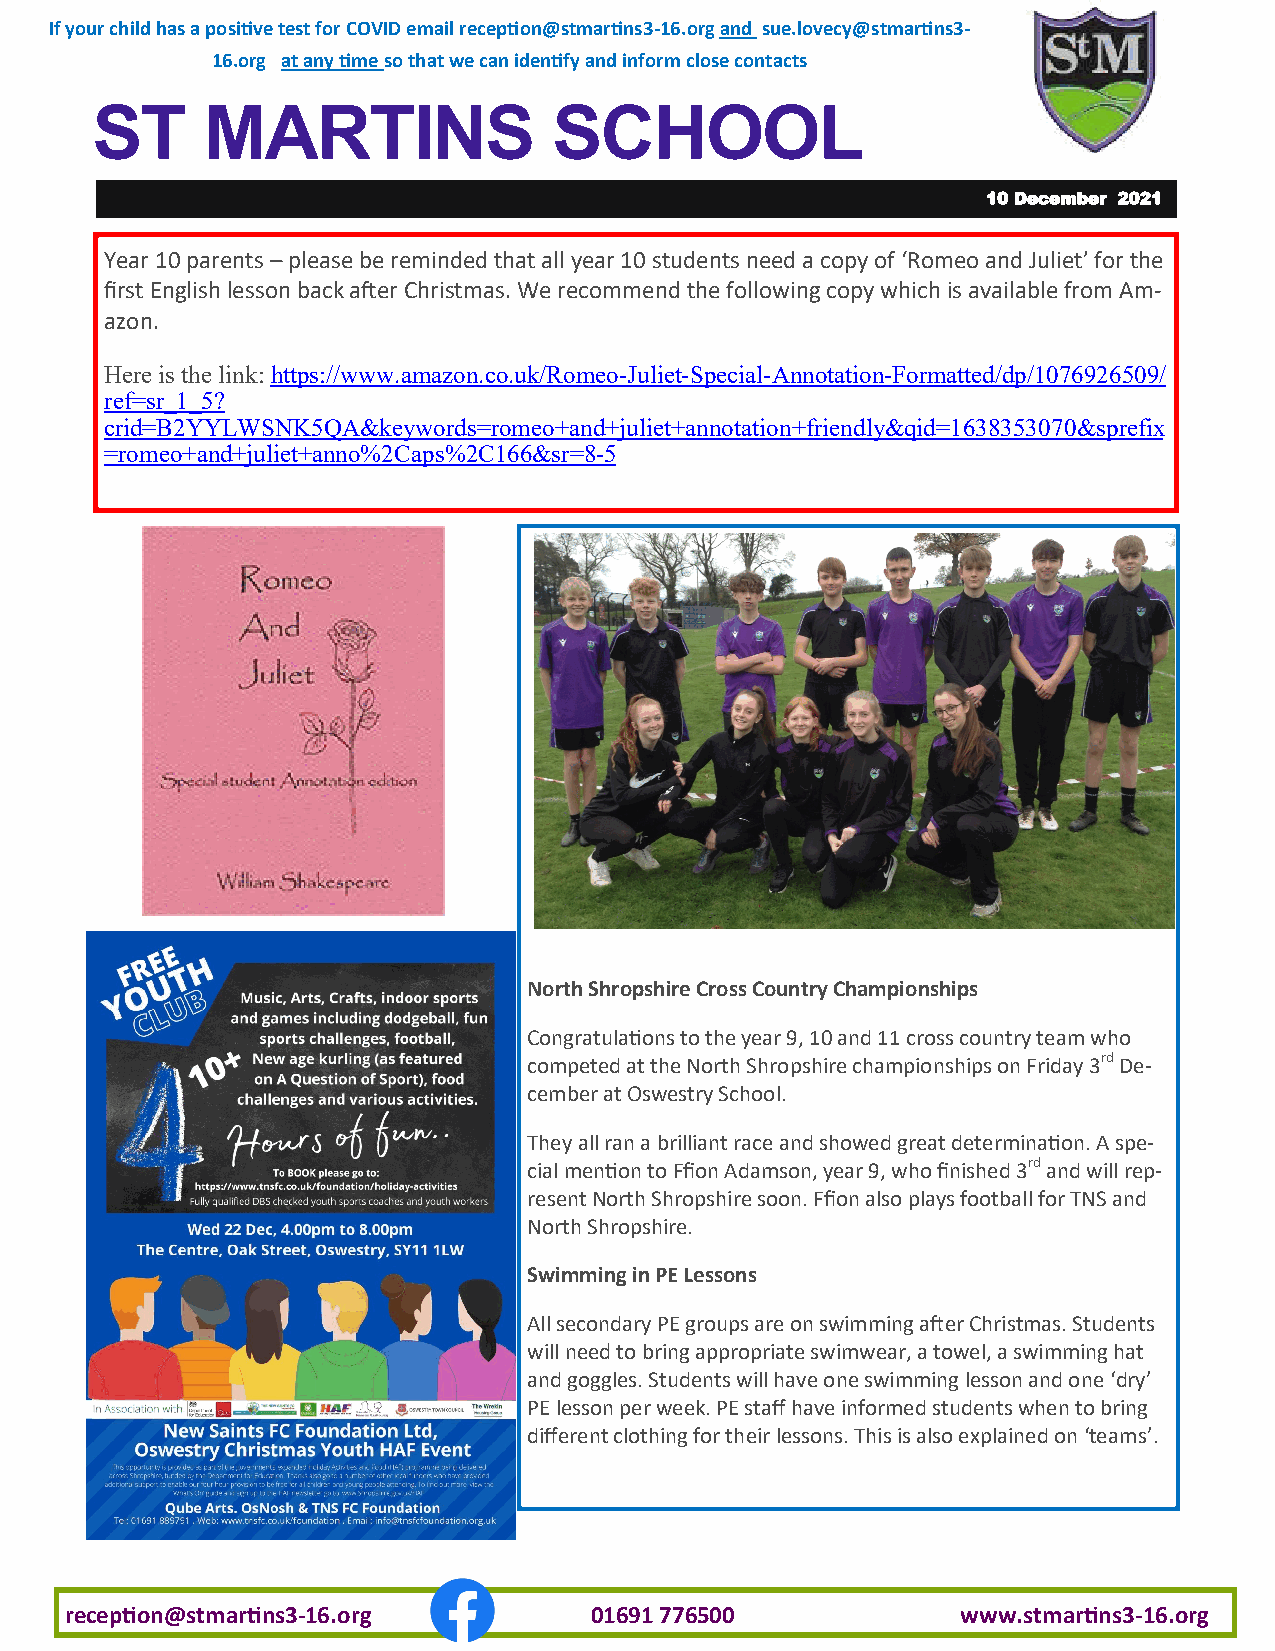
If your child has a positive test for COVID email reception@stmartins3-16.org and sue.lovecy@stmartins3-
 16.org at any time so that we can identify and inform close contacts
 ST     MARTINS                 SCHOOL
 10 December 2021
 Year 10 parents – please be reminded that all year 10 students need a copy of ‘Romeo and Juliet’ for the
 first English lesson back after Christmas. We recommend the following copy which is available from Am-
 azon.
 Here is the link: https://www.amazon.co.uk/Romeo-Juliet-Special-Annotation-Formatted/dp/1076926509/
 ref=sr_1_5?
 crid=B2YYLWSNK5QA&keywords=romeo+and+juliet+annotation+friendly&qid=1638353070&sprefix
 =romeo+and+juliet+anno%2Caps%2C166&sr=8-5
 North Shropshire Cross Country Championships
 Congratulations to the year 9, 10 and 11 cross country team who
 competed at the North Shropshire championships on Friday 3rd De-
 cember at Oswestry School.
 They all ran a brilliant race and showed great determination. A spe-
 cial mention to Ffion Adamson, year 9, who finished 3rd and will rep-
 resent North Shropshire soon. Ffion also plays football for TNS and
 North Shropshire.
 Swimming in PE Lessons
 All secondary PE groups are on swimming after Christmas. Students
 will need to bring appropriate swimwear, a towel, a swimming hat
 and goggles. Students will have one swimming lesson and one ‘dry’
 PE lesson per week. PE staff have informed students when to bring
 different clothing for their lessons. This is also explained on ‘teams’.
 reception@stmartins3-16.org        01691 776500             www.stmartins3-16.org